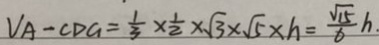
V _ { A } - C D G = \frac { 1 } { 3 } \times \frac { 1 } { 2 } \times \sqrt { 3 } \times \sqrt { 5 } \times h = \frac { \sqrt { 1 5 } } { 6 } h